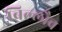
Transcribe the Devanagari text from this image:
बिल्लौच